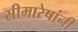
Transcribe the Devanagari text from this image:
सीमारेषांनी